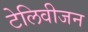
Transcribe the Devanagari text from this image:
टेलिवीजन